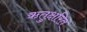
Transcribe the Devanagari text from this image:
ऋतुक्षरित